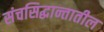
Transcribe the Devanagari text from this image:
संचसिद्धान्तातील